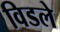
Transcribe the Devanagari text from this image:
विडले